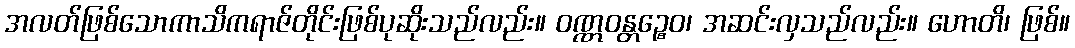
အလတ်ဖြစ်သောကာသိကရာဇ်တိုင်းဖြစ်ပုဆိုးသည်လည်း။ ဝဏ္ဏဝန္တဉ္စေဝ၊ အဆင်းလှသည်လည်း။ ဟောတိ၊ ဖြစ်။